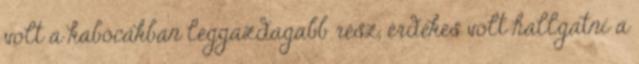
volt a kabócákban leggazdagabb rész, érdekes volt hallgatni a